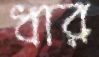
ধার